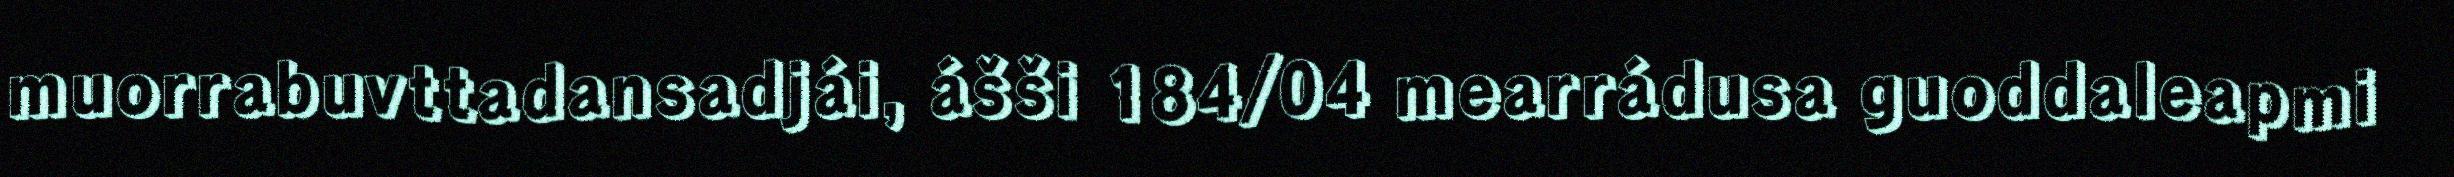
muorrabuvttadansadjái, ášši 184/04 mearrádusa guoddaleapmi